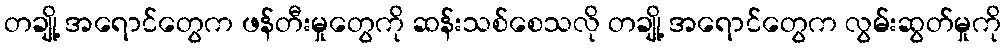
တချို့ အရောင်တွေက ဖန်တီးမှုတွေကို ဆန်းသစ်စေသလို တချို့ အရောင်တွေက လွမ်းဆွတ်မှုကို